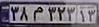
۳۸م۳۲۳۱۳